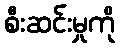
စီးဆင်းမှုကို